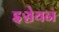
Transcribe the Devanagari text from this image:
इञ्चेयन